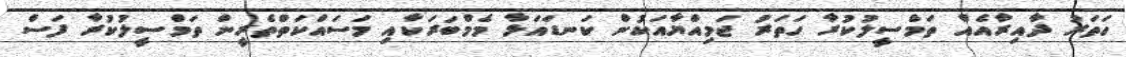
ހަތަރު ދާއިރާއެއް ތަމްސީލުކުރާ ހަތަރު ޖަމިއްޔާއަކުން ކަނޑައަޅާ މެމްބަރަކާއި މަސައްކަތްތެރީން ތަމްސީލުކުރާ ފަސް